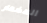
المضمار